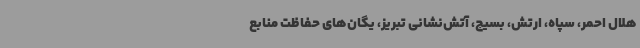
هلال احمر، سپاه، ارتش، بسیج، آتش‌نشانی تبریز، یگان‌های حفاظت منابع